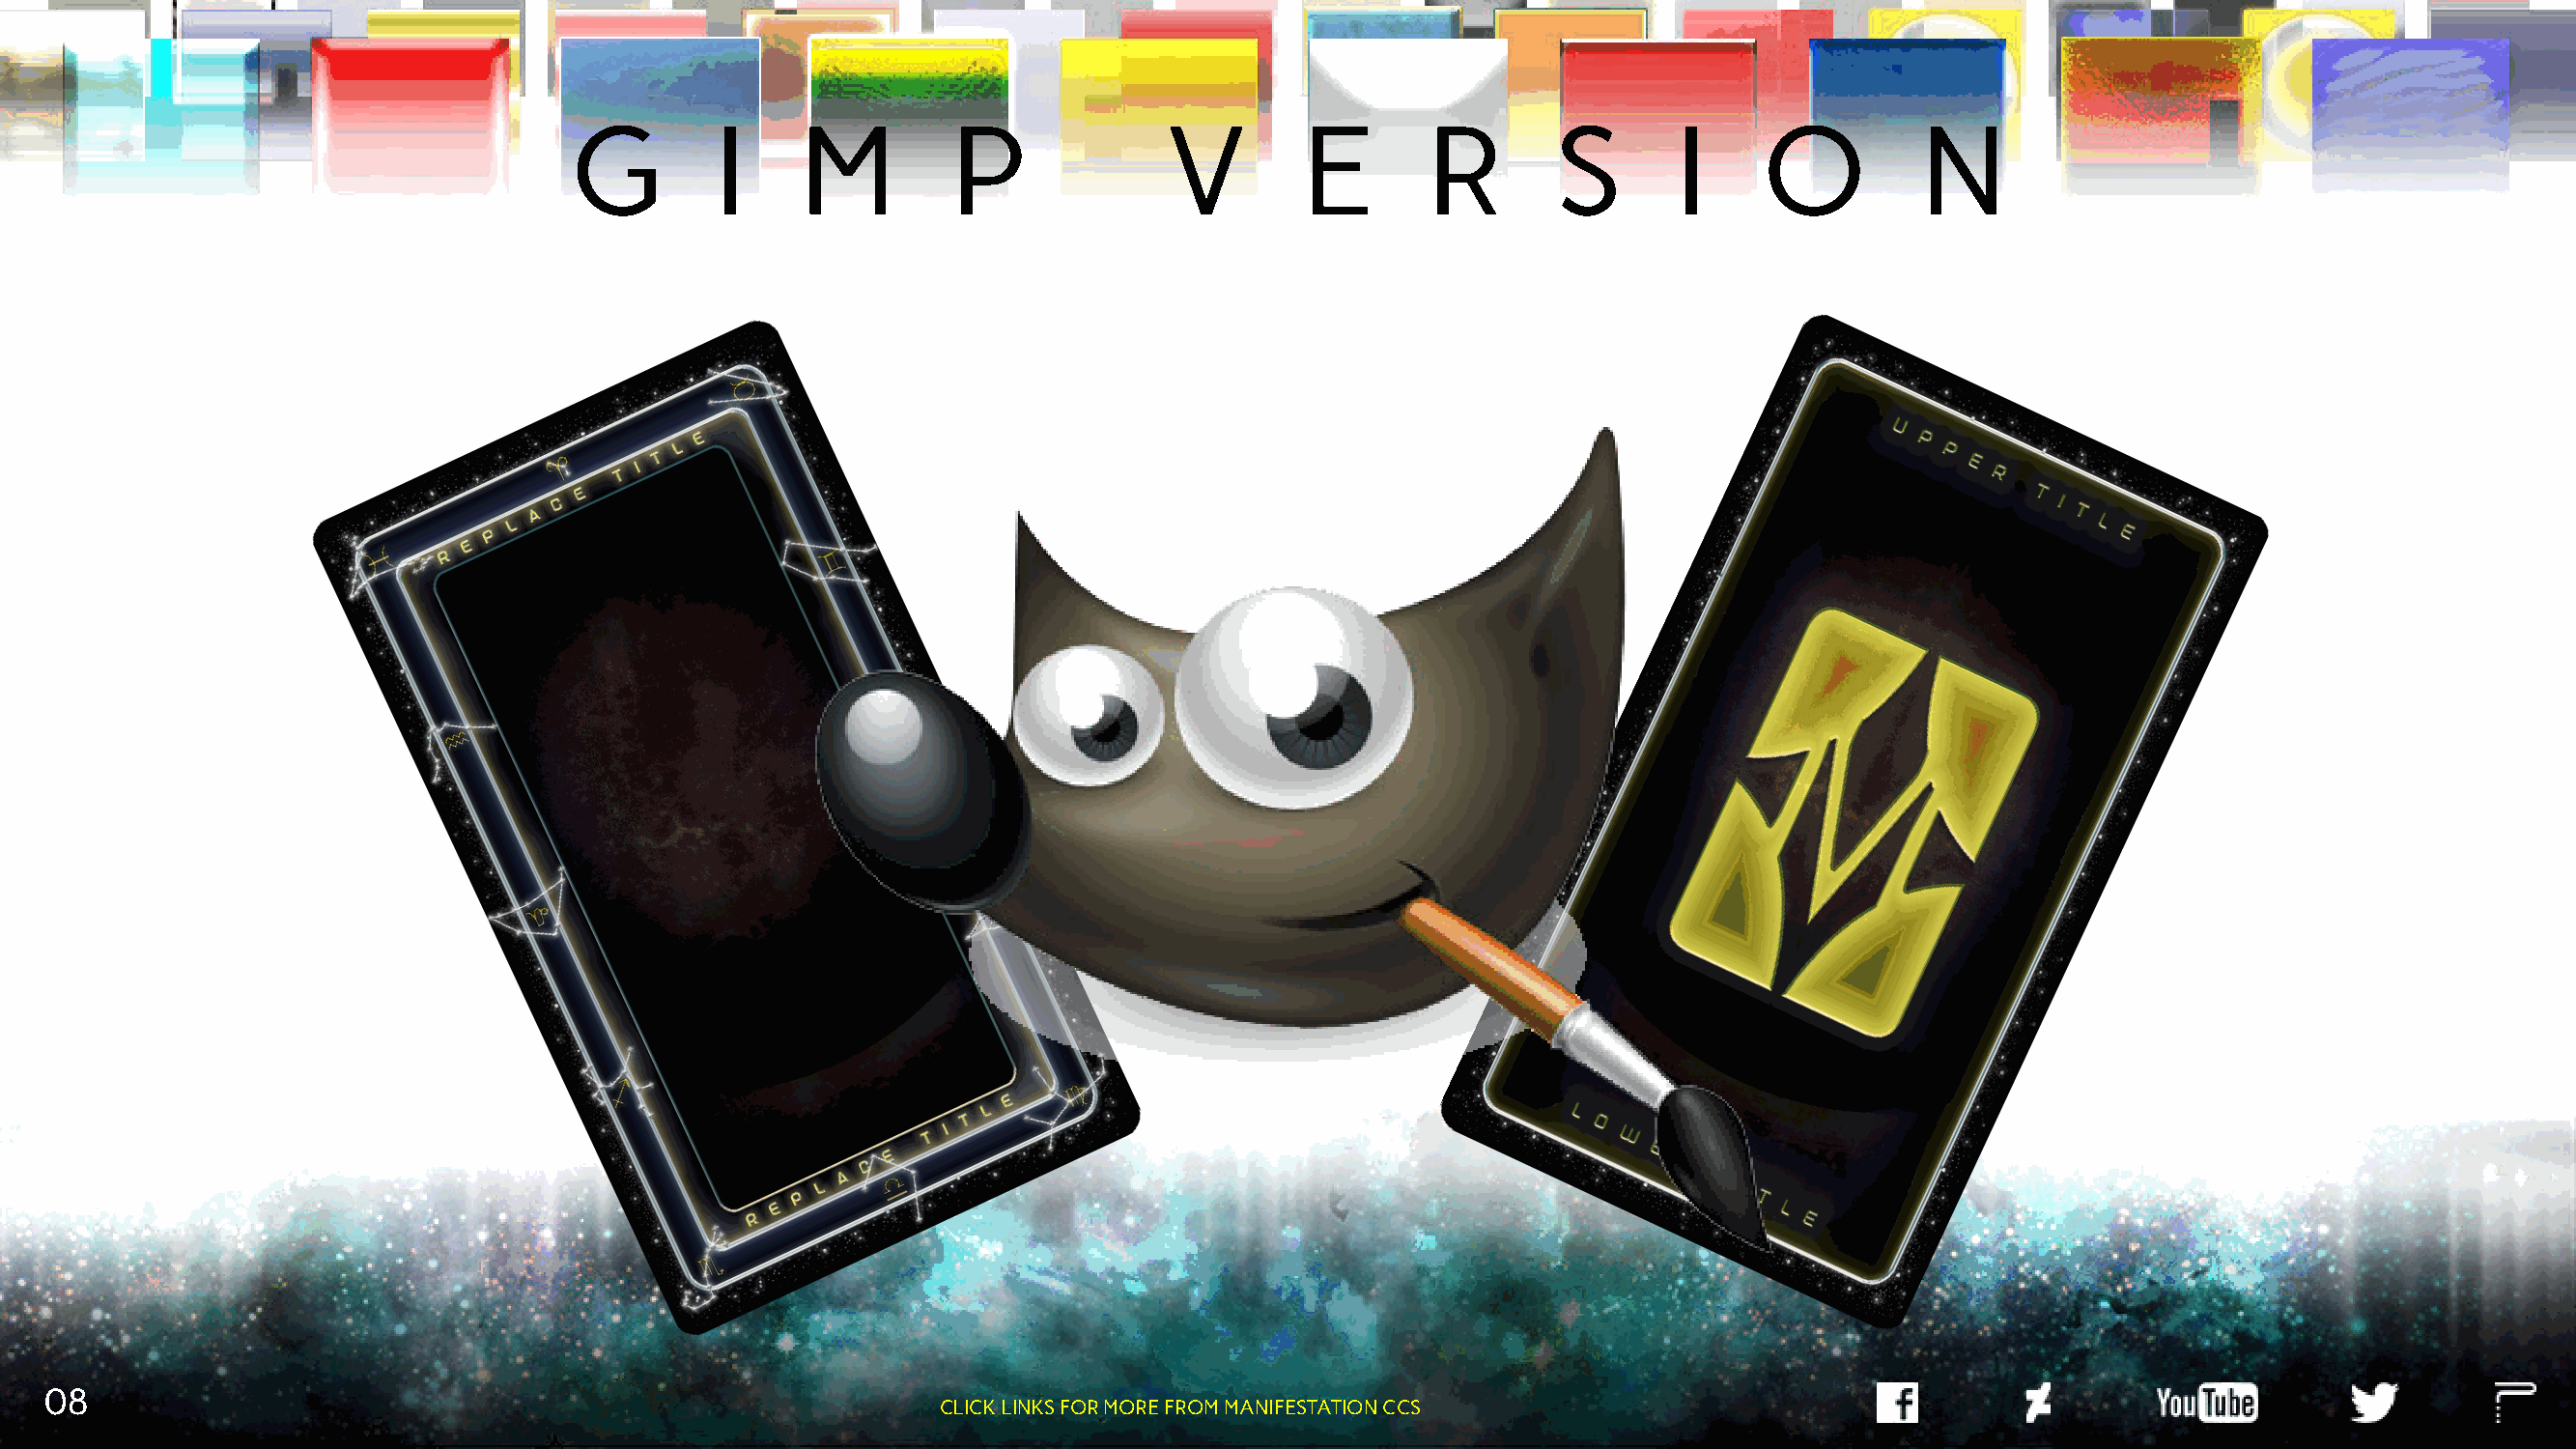
G         I     M         P              V        E        R        S       I     O          N
 08
 CLICK LINKS FOR MORE FROM MANIFESTATION CCS